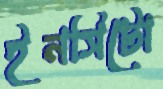
ইনসিটো